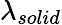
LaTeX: \lambda_{solid}